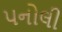
પનોલી